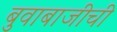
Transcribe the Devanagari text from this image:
बुवाबाजीची